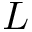
L